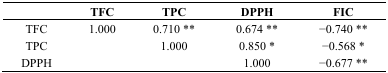
<table><thead><tr><td></td><td><b>TFC</b></td><td><b>TPC</b></td><td><b>DPPH</b></td><td><b>FIC</b></td></tr></thead><tbody><tr><td>TFC</td><td>1.000</td><td>0.710 **</td><td>0.674 **</td><td>−0.740 **</td></tr><tr><td>TPC</td><td></td><td>1.000</td><td>0.850 *</td><td>−0.568 *</td></tr><tr><td>DPPH</td><td></td><td></td><td>1.000</td><td>−0.677 **</td></tr></tbody></table>